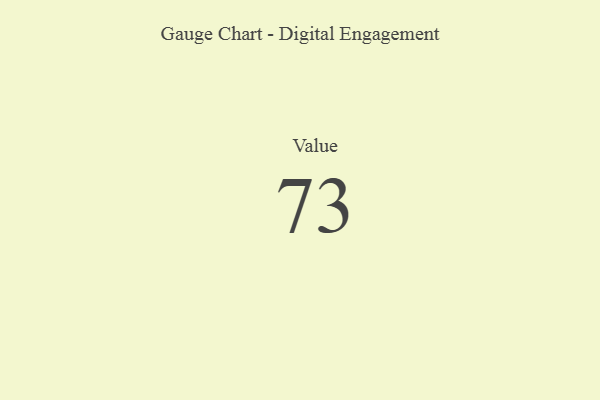
{"axis": {"x": "Metric", "y": "Value"}, "legend": [""], "data": [{"x": "Value", "y": 73, "type": ""}]}